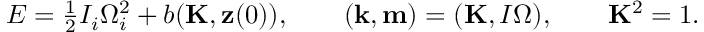
\begin{array} { r } { E = \frac 1 2 I _ { i } \Omega _ { i } ^ { 2 } + b ( { \bf K } , { \bf z } ( 0 ) ) , \qquad ( { \bf k } , { \bf m } ) = ( { \bf K } , I { \boldsymbol \Omega } ) , \qquad { \bf K } ^ { 2 } = 1 . } \end{array}